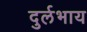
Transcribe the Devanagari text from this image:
दुर्लभाय